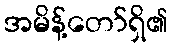
အမိန့်တော်ရှိ၏